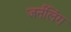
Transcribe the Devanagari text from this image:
जर्नलिंग